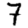
Digit: 7